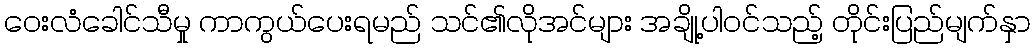
ဝေးလံခေါင်သီမှု ကာကွယ်ပေးရမည် သင်၏လိုအင်များ အချို့ပါဝင်သည့် တိုင်းပြည်မျက်နှာ